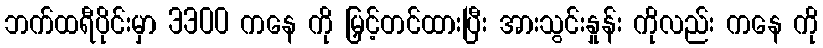
ဘက်ထရီပိုင်းမှာ 3300 ကနေ ကို မြှင့်တင်ထားပြီး အားသွင်းနှုန်း ကိုလည်း ကနေ ကို